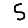
Digit: 5